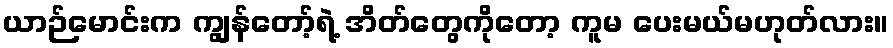
ယာဉ်မောင်းက ကျွန်တော့်ရဲ့ အိတ်တွေကိုတော့ ကူမ ပေးမယ်မဟုတ်လား။